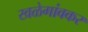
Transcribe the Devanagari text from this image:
खळेगांवकर